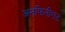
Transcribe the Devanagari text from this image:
अनफिनीशड